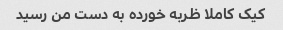
کیک کاملا ظربه خورده به دست من رسید